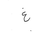
Letter: _gayn